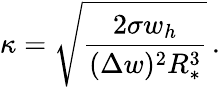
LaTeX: \kappa=\sqrt{\frac{2\sigma w_{h}}{(\Delta w)^{2}R_{*}^{3}}}\, .